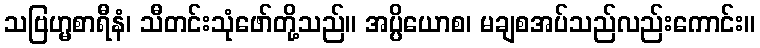
သဗြဟ္မစာရီနံ၊ သီတင်းသုံဖော်တို့သည်။ အပ္ပိယောစ၊ မချစအပ်သည်လည်းကောင်း။